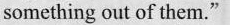
something out of them."